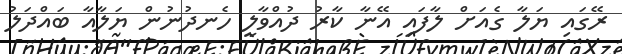
ރޭގައި ޔަލާ ގެއަށް ލާފައި އޭނާ ކާރު ދުއްވާލީ ހެނދުނުން ޔަލާއާ ބައްދަލު